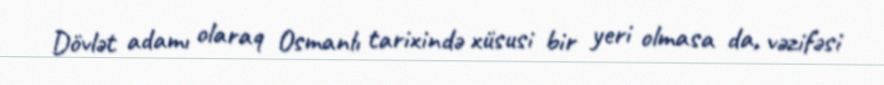
Dövlət adamı olaraq Osmanlı tarixində xüsusi bir yeri olmasa da, vəzifəsi